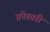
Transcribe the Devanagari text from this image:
प्रनेस्वरी